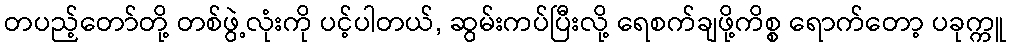
တပည့်တော်တို့ တစ်ဖွဲ့လုံးကို ပင့်ပါတယ်, ဆွမ်းကပ်ပြီးလို့ ရေစက်ချဖို့ကိစ္စ ရောက်တော့ ပခုက္ကူ